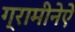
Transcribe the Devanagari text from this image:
ग्रामीनेऐ